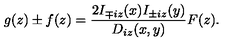
g ( z ) \pm f ( z ) = \frac { 2 I _ { \mp i z } ( x ) I _ { \pm i z } ( y ) } { D _ { i z } ( x , y ) } F ( z ) .